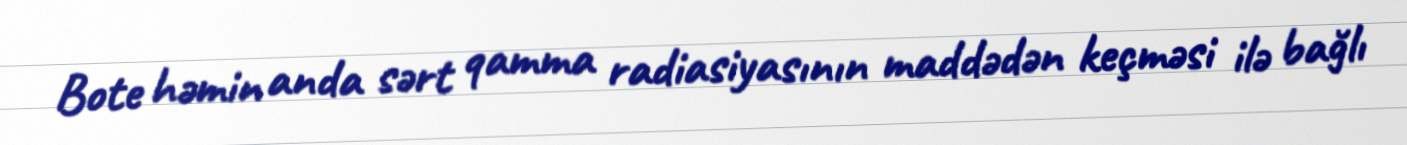
Bote həmin anda sərt qamma radiasiyasının maddədən keçməsi ilə bağlı